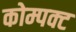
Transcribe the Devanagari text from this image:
कोम्पक्ट